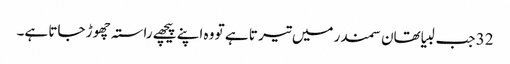
32 جب لبیا تھان سمندر میں تیر تا ہے تو وہ اپنے پیچھے راستہ چھو ڑ جاتا ہے۔